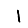
Digit: 1